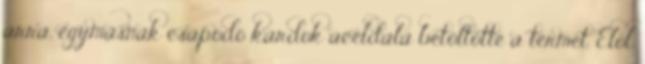
arra, egymásnak csapódó kardok acéldala betöltötte a termet. Elöl,